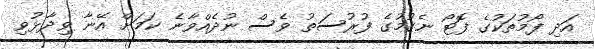
އަދި ފޯމުތަކުގެ ފޮޓޯ ނެގުމުގެ ފުރުސަތު ވެސް ނުދެއްވާނެ ކަމަށް އޭނާ ވިދާޅުވި